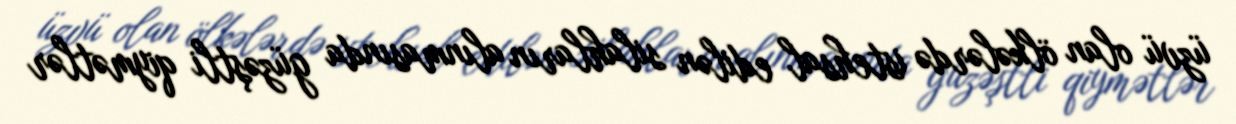
üzvü olan ölkələrdə istehsal edilən silahların alınmasında güzəştli qiymətlər